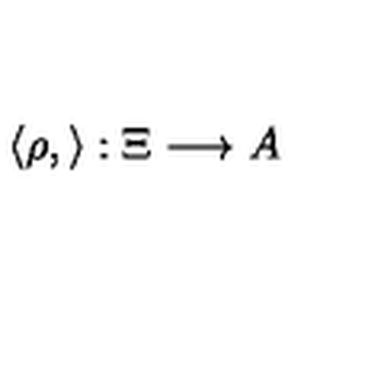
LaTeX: \langle \rho , \rangle : \Xi \longrightarrow A